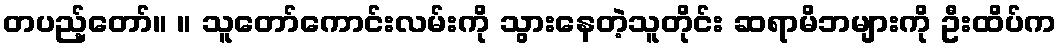
တပည့်တော်။ ။ သူတော်ကောင်းလမ်းကို သွားနေတဲ့သူတိုင်း ဆရာမိဘများကို ဦးထိပ်က